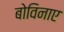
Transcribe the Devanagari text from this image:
बोविनाए